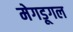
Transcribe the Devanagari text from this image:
मेगडूगल